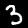
Label: 3